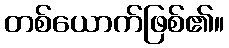
တစ်ယောက်ဖြစ်၏။